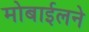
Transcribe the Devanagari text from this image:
मोबाईलने